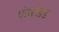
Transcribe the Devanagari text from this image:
एंडरोइड